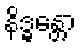
နိဒ္ဓန္တော